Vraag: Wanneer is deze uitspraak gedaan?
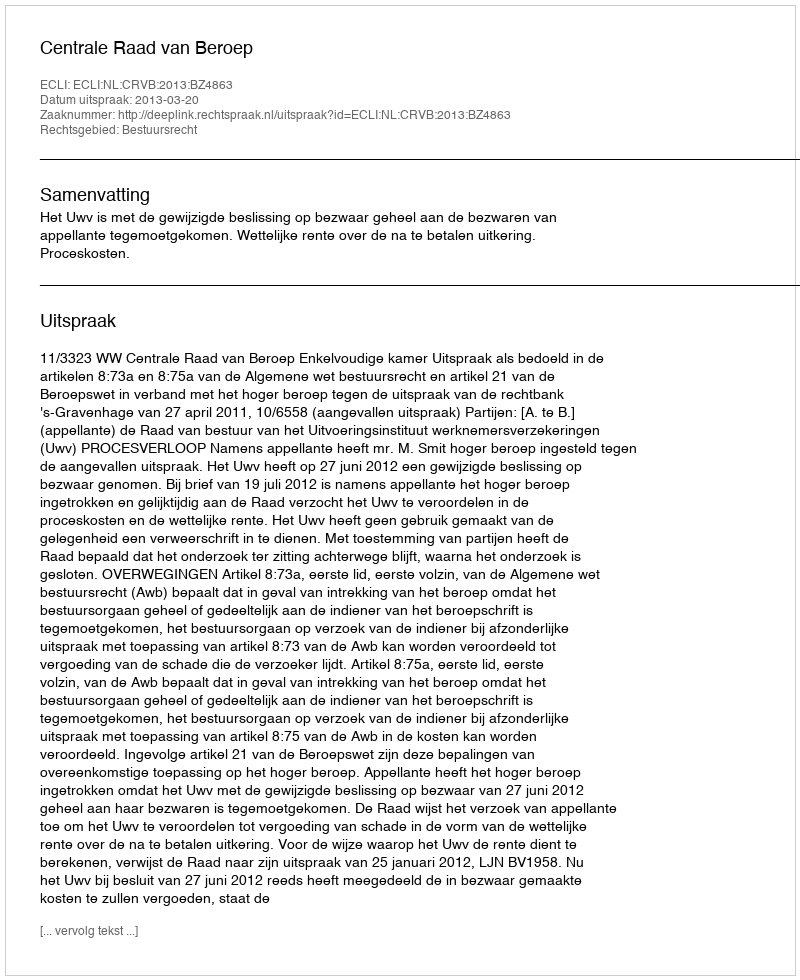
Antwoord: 2013-03-20